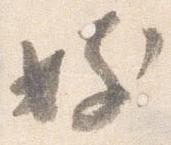
妓